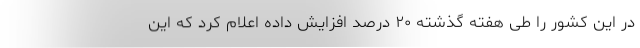
در این کشور را طی هفته گذشته ۲۰ درصد افزایش داده اعلام کرد که این